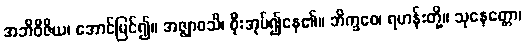
အဘိဝိဇိယ၊ အောင်မြင်၍။ အဇ္ဈာဝသိ၊ စိုးအုပ်၍နေ၏။ ဘိက္ခဝေ၊ ရဟန်းတို့။ သုနေတ္တော၊